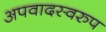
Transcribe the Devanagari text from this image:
अपवादस्वरुप